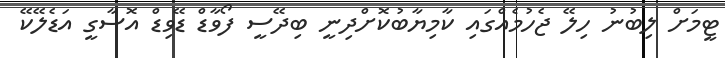
ޓީމަށް ލިބުނު ހިލޭ ޖެހުމެއްގައި ކާމިޔާބުކޮށްދިނީ ބިދޭސީ ފޯވާޑް ޑޭވިޑް އޮސާގީ އަޑެލޭކޭ